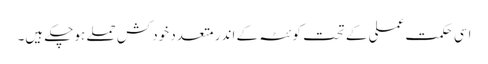
اسی حکمت عملی کے تحت کوئٹہ کے اندر متعدد خودکش حملے ہوچکے ہیں۔